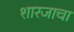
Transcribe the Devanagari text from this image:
शारजाचा